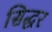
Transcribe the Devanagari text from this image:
सिद्धर